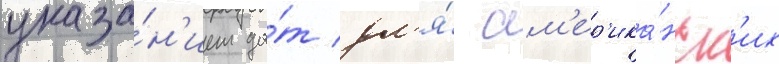
указа́н'ием да́т дл'я́ ам'ер'ика́нск'их